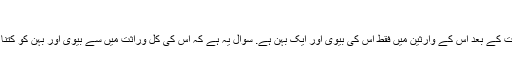
سوال نمبر:5586
ایک شخص کی وفات کے بعد اس کے وارثین میں فقط اس کی بیوی اور ایک بہن ہے. سوال یہ ہے کہ اس کی کل وراثت میں سے بیوی اور بہن کو کتنا کتنا حصہ ملے گا؟